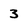
Character: 3